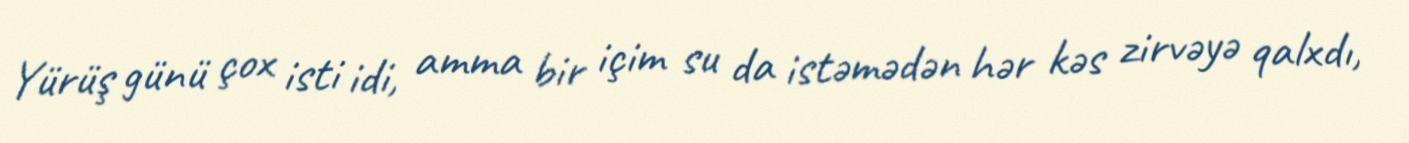
Yürüş günü çox isti idi, amma bir içim su da istəmədən hər kəs zirvəyə qalxdı,